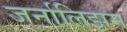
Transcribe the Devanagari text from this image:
जर्नालिझम